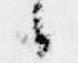
候